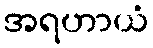
အရဟာယံ